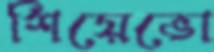
শিয়েভো